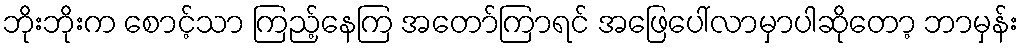
ဘိုးဘိုးက စောင့်သာ ကြည့်နေကြ အတော်ကြာရင် အဖြေပေါ်လာမှာပါဆိုတော့ ဘာမှန်း